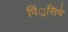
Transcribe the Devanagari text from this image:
पिं्रसिपे